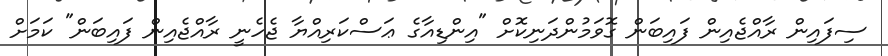
ސިފައިން ރާއްޖެއިން ފައިބަން ގޮވަމުންދަނިކޮށް "އިންޑިއާގެ ޢަސްކަރިއްޔާ ޖެހެނީ ރާއްޖެއިން ފައިބަން" ކަމަށް